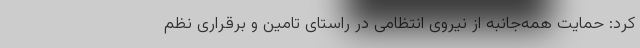
کرد: حمایت همه‌جانبه از نیروی انتظامی در راستای تامین و برقراری نظم